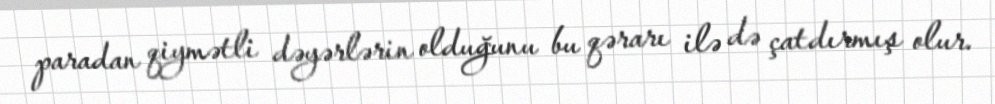
paradan qiymətli dəyərlərin olduğunu bu qərarı ilə də çatdırmış olur.